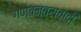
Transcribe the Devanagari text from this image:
गणतन्त्रावादी